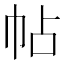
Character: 帖